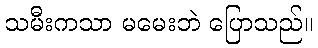
သမီးကသာ မမေးဘဲ ပြောသည်။